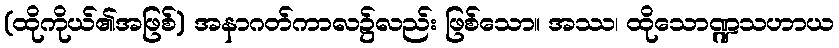
(ထိုကိုယ်၏အဖြစ်) အနာဂတ်ကာလ၌လည်း ဖြစ်သော။ အဿ၊ ထိုသောဏ္ဍသဟာယ